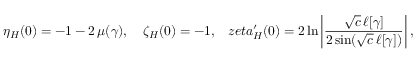
\eta _ { H } ( 0 ) = - 1 - 2 \, \mu ( \gamma ) , \ \ \ \zeta _ { H } ( 0 ) = - 1 , \ \ \, z e t a _ { H } ^ { \prime } ( 0 ) = 2 \ln \left| \frac { \sqrt { c } \, \ell [ \gamma ] } { 2 \sin ( \sqrt { c } \, \ell [ \gamma ] ) } \right| ,